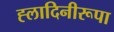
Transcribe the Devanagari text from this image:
ह्लादिनीरूपा